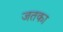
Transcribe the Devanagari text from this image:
जतका